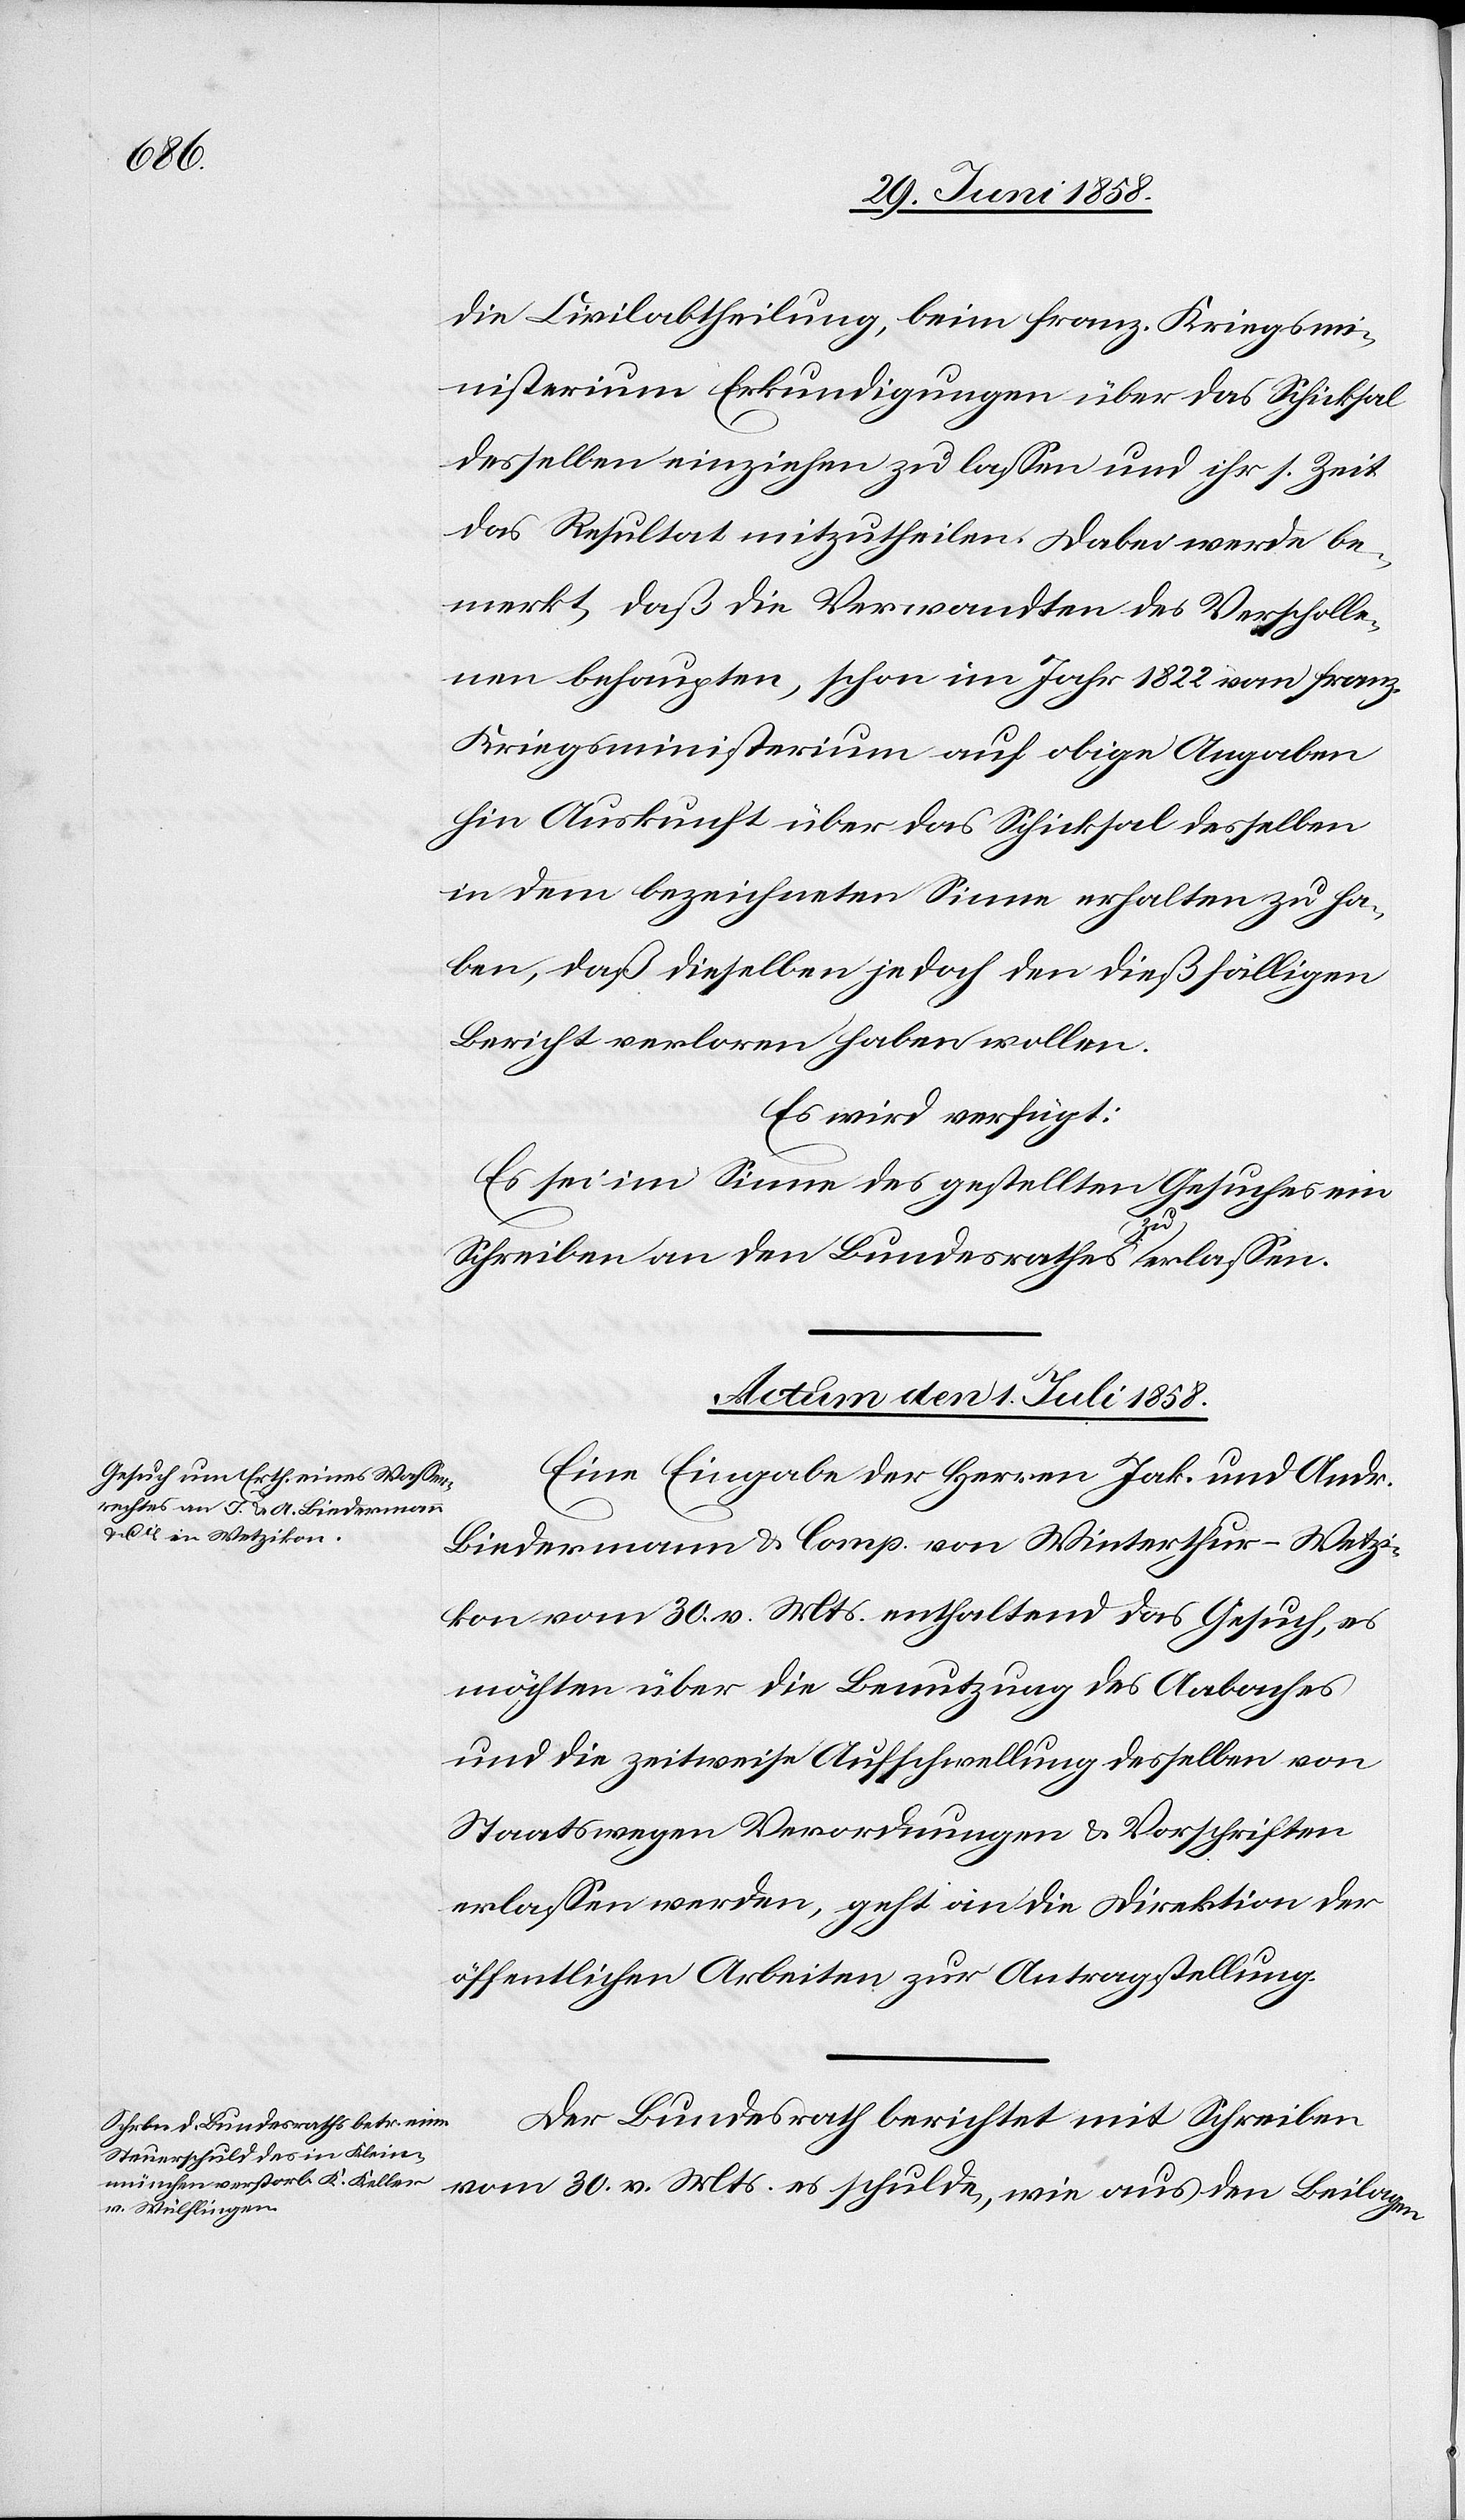
die Civilabtheilung, beim franz. Kriegsmi¬
nisterium Erkundigungen über das Schicksal
desselben einziehen zu lassen und ihr s. Zeit
das Resultat mitzutheilen. Dabei werde be¬
merkt, daß die Verwandten des Verscholle¬
nen behaupten, schon im Jahr 1822 vom franz.
Kriegsministerium auf obige Angaben
hin Auskunft über das Schicksal desselben
in dem bezeichneten Sinne erhalten zu ha¬
ben, daß dieselben jedoch den dießfälligen
Bericht verloren haben wollen.
Es wird verfügt:
Es sei im Sinne des gestellten Gesuches ein
Schreiben an den Bundesrathes [sic!] zu erlassen.
Actum den 1. Juli 1858.]
Eine Eingabe der Herren Jak. und Andr.
Biedermann & Comp. von Winterthur-Wetzi¬
kon vom 30. v. Mts. enthaltend das Gesuch, es
möchten über die Benutzung des Aabaches
und die zeitweise Aufschwellung desselben von
Staatswegen Verordnungen & Vorschriften
erlassen werden, geht an die Direktion der
öffentlichen Arbeiten zur Antragstellung.
Der Bundesrath berichtet mit Schreiben
vom 30. v. Mts. es schulde, wie aus den Beilagen